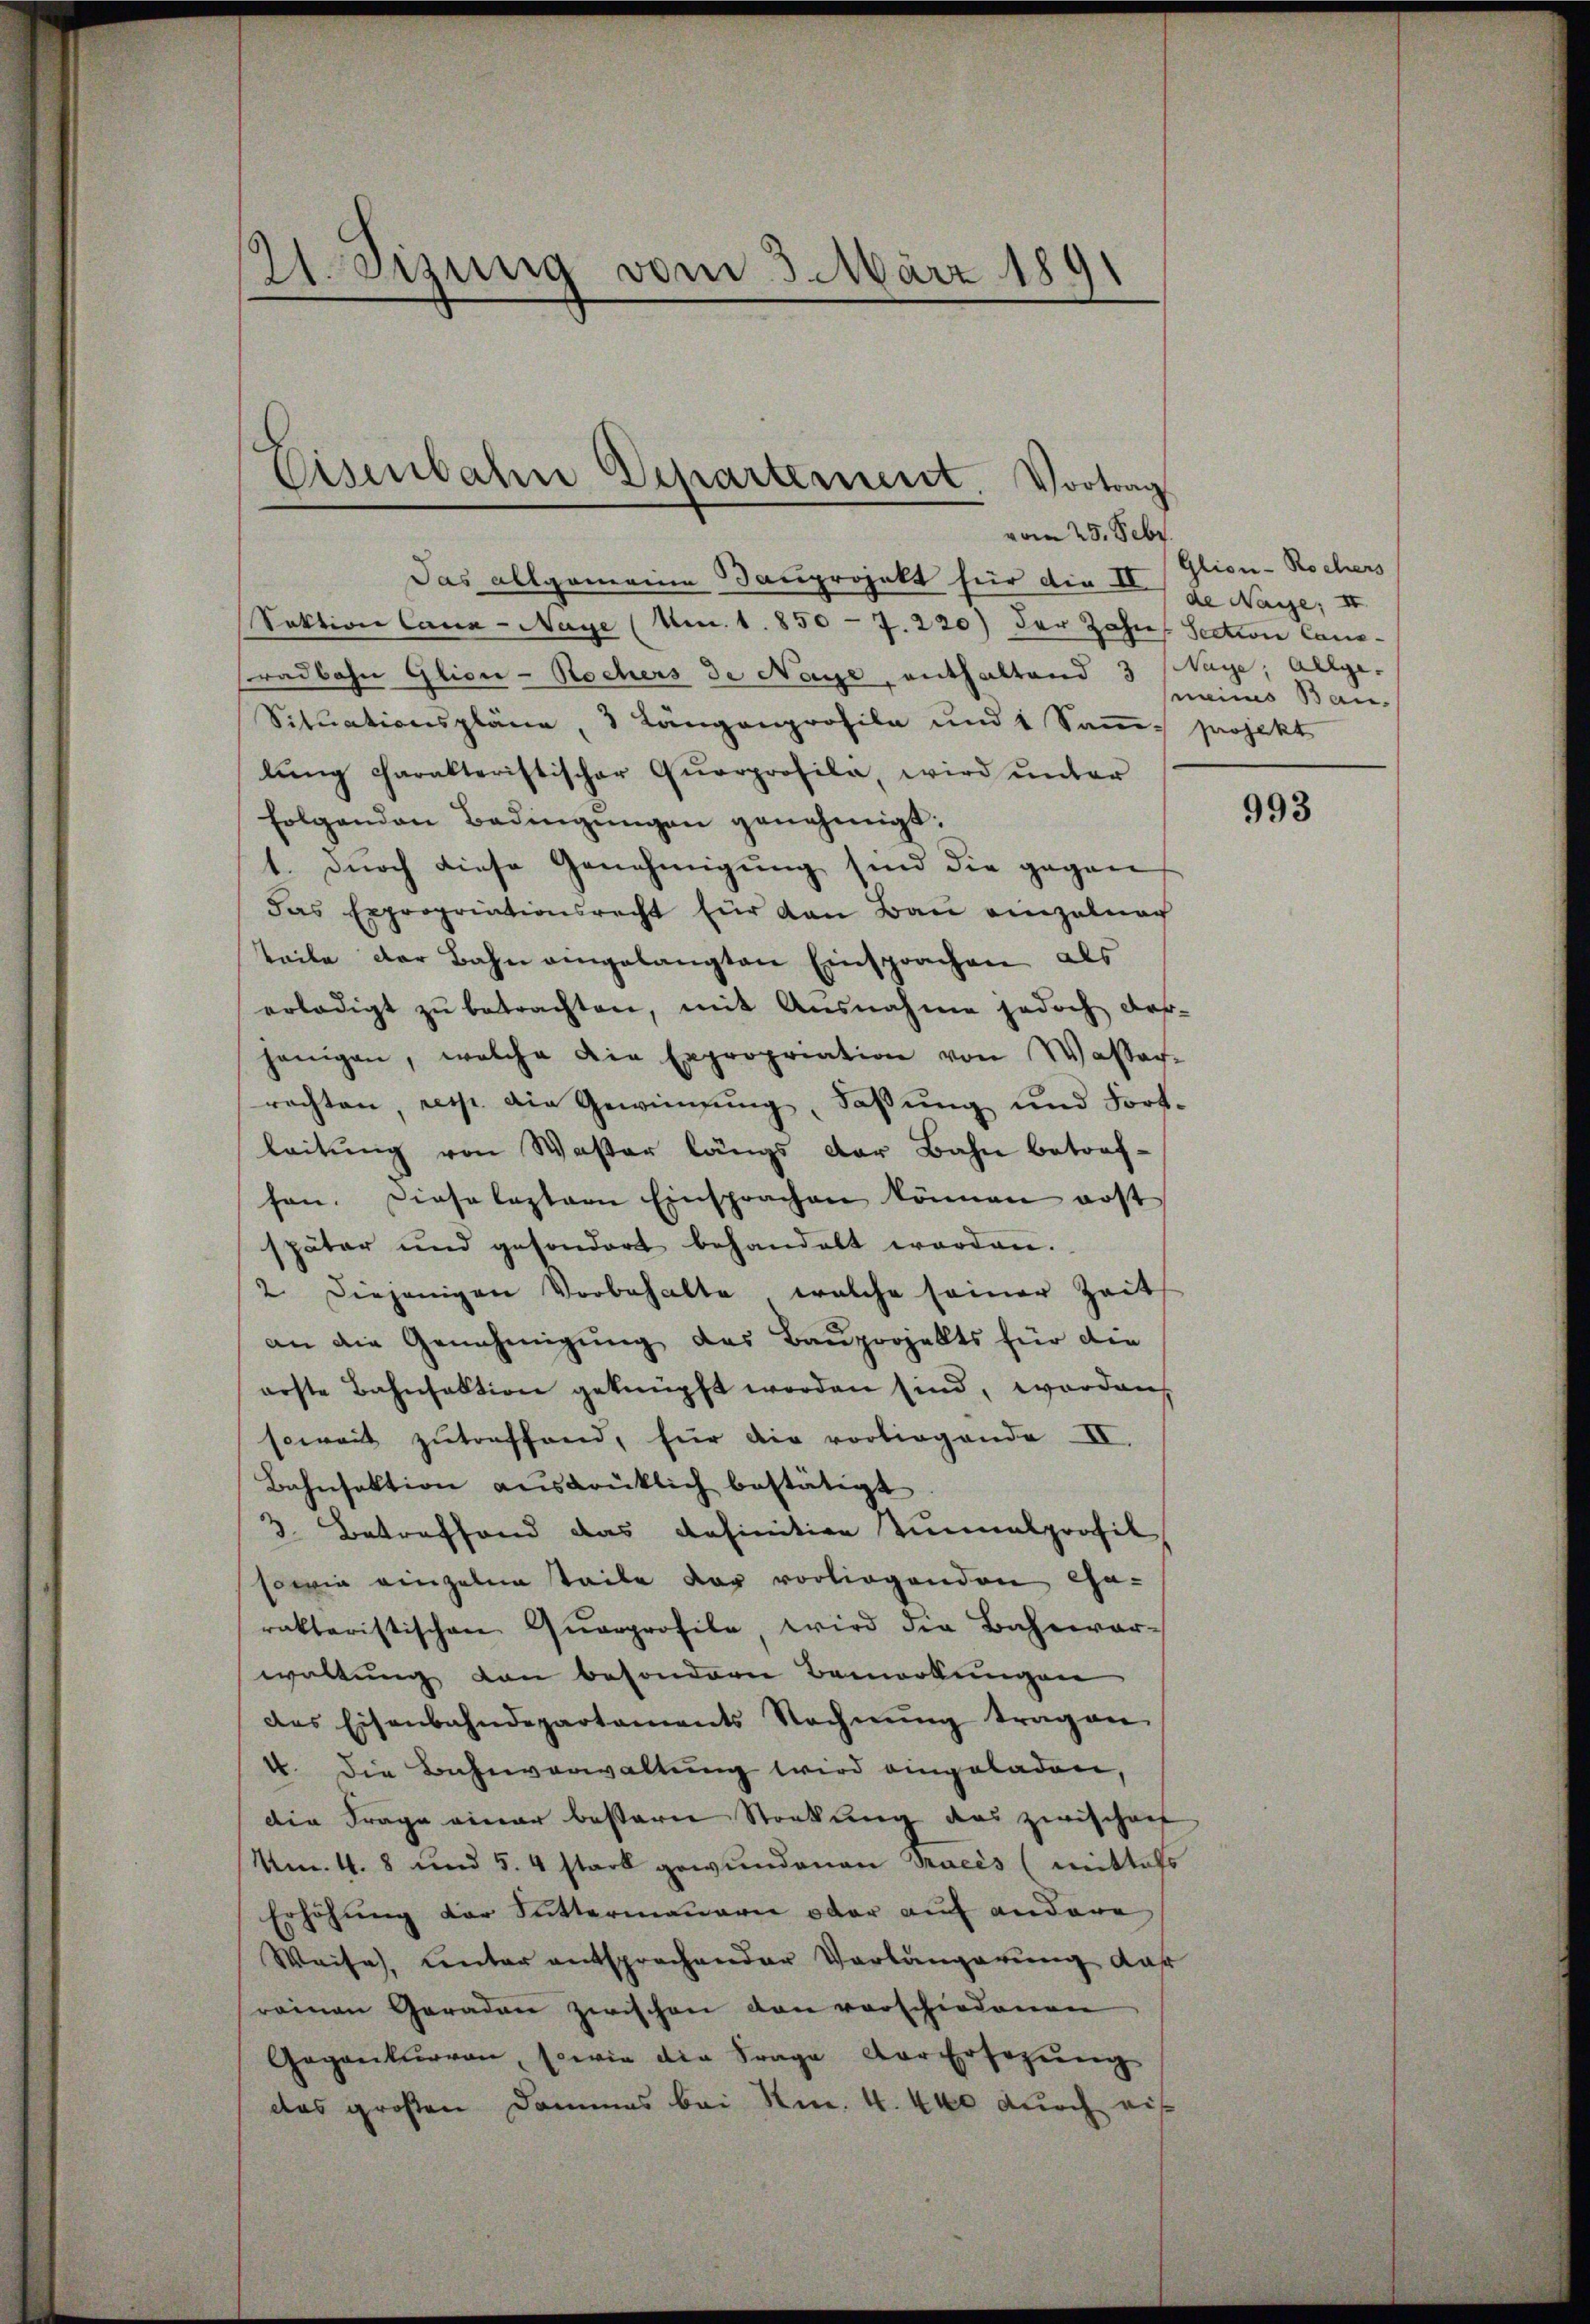
21. Sizung vom 3. März 1891

Eisenbahn Departement. Vortrag
vom 25. Febr.

Das allgemeine Bauprojekt für die IV.
Sektion Cana-Nage (Am. 1. 850 - 7. 220) der Jahn, Section Cana-
sradbahn Glion-Rochers de Naye, enthaltend 3 Waye, Allge-
Sitŭationspläne, 3 Längenprofila und 1 Saṁs projekt
lung charakteristischer Quarprofila, wird unter
folgenden Bedingŭngen genehmigt:
1. Durch diese Genehmigung sind die gegen
das Expropriationsrecht für von Bau einzelnac
teile der Bahn eingelangten Einsprachen als
erledigt zŭ betrachten, mit Ausnahme jedoch das-
jenigen, welche die Expropriation von Wasser-
rachten, resp. die Gewinnung, Faßung und Fort-
leitung von Waster längs der Bahn betreffen. Diese leztern Einsprachen können erst
später und gesondert behandelt worden.
2 diejenigen Vorbehalte, welche seiner Zeit
an die Genehmigung des Baupoojelts für die
arste Bahnfaktion geknüpft worden sind, worden
soweit zutreffend, für die vorliegende II.
Bahnfaktion ausdrüklich bestätigt
3. Betreffend das definition tunnalprofil
sowie einzelne Teile der vorliegenden Cha-
rakteristischen Querprofile, wird die Bahnwär-
waltung von besondern Bemerkungen
des Eisenbahndepartaments Rechnŭng tragen.
4. Die Bahnverwaltung wird eingeladen,
die Frage einer bestern Stockung des zwischen
Mm. 4. 8 und 5. 4 stark gewundenen Tracés (mittels
Erhöhung der Suttermauern oder auf andere
Weise, unter entsprochender Verlangerung das
reinen Geraden zwischen von vorschiedenen
Gegenturren, sowie die Frage der Ersezung
das großen Dommes bei Nr. 4. 440 durch eis

Glion-Rochers
de Nage; II
eims Bau-

993